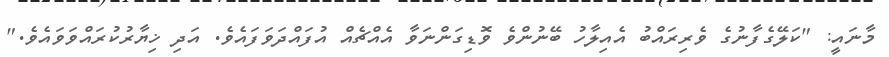
މާނައީ: "ކަލޭގެފާނުގެ ވެރިރައްބު އެއިލާހު ބޭނުންވެ ވޮޑިގަންނަވާ އެއްޗެއް އުފައްދަވަފައެވެ. އަދި ޚިޔާރުކުރައްވަވައެވެ."